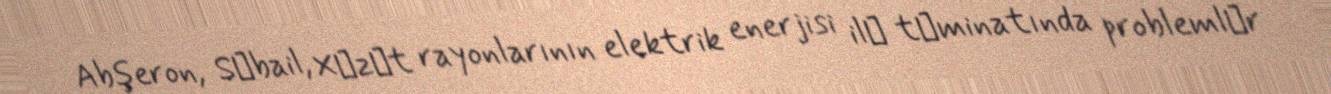
Abşeron, Sәbail, Xәzәt rayonlarının elektrik enerjisi ilә tәminatında problemlәr